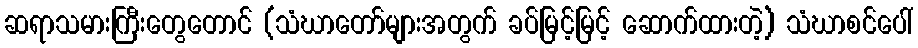
ဆရာသမားကြီးတွေတောင် (သံဃာတော်များအတွက် ခပ်မြင့်မြင့် ဆောက်ထားတဲ့) သံဃာစင်ပေါ်